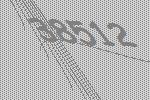
38512